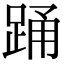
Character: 踊